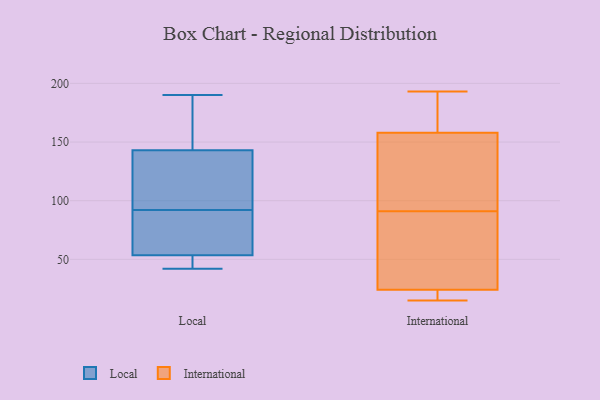
{"axis": {"x": "LTV (USD)", "y": "Value"}, "legend": ["International", "Local"], "data": [{"x": "", "y": 125, "type": "Local"}, {"x": "", "y": 190, "type": "Local"}, {"x": "", "y": 92, "type": "Local"}, {"x": "", "y": 173, "type": "Local"}, {"x": "", "y": 55, "type": "Local"}, {"x": "", "y": 49, "type": "Local"}, {"x": "", "y": 180, "type": "Local"}, {"x": "", "y": 88, "type": "Local"}, {"x": "", "y": 48, "type": "Local"}, {"x": "", "y": 42, "type": "Local"}, {"x": "", "y": 133, "type": "Local"}, {"x": "", "y": 105, "type": "Local"}, {"x": "", "y": 72, "type": "Local"}, {"x": "", "y": 24, "type": "International"}, {"x": "", "y": 56, "type": "International"}, {"x": "", "y": 56, "type": "International"}, {"x": "", "y": 136, "type": "International"}, {"x": "", "y": 15, "type": "International"}, {"x": "", "y": 126, "type": "International"}, {"x": "", "y": 193, "type": "International"}, {"x": "", "y": 158, "type": "International"}, {"x": "", "y": 161, "type": "International"}, {"x": "", "y": 23, "type": "International"}]}